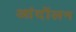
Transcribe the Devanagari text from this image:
आंदोंलन